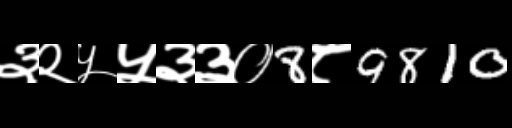
Text: ३२५५३३०8८9810